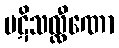
ပဋိသလ္လီဏော